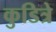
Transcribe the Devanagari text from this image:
कुडित्रे